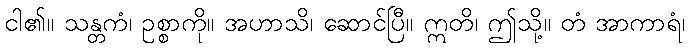
ငါ၏။ သန္တကံ၊ ဥစ္စာကို။ အဟာသိ၊ ဆောင်ပြီ။ ဣတိ၊ ဤသို့။ တံ အာကာရံ၊